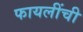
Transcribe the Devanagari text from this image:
फायलींची